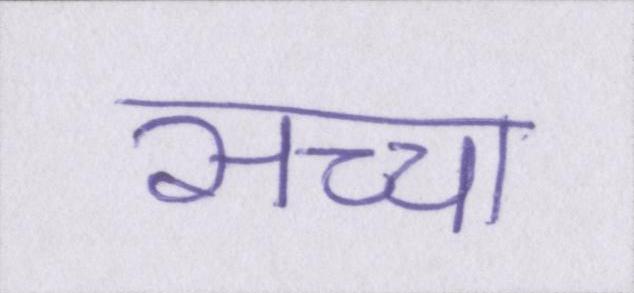
सच्चा